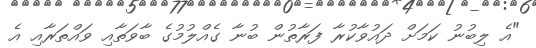
"އެ ލިބުނު ކަމަށް ދައުވާކުރާ ފަރާތުން ބުނާ ގެއްލުމުގެ ބާވަތާއި ވައްތަރާއި އެ